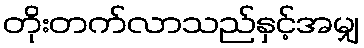
တိုးတက်လာသည်နှင့်အမျှ